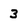
Character: 3